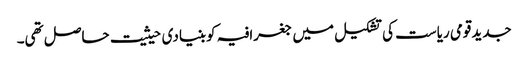
جدیدقومی ریاست کی تشکیل میں جغرافیہ کوبنیادی حیثیت حاصل تھی۔